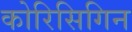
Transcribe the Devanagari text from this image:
कोरिसिगिन